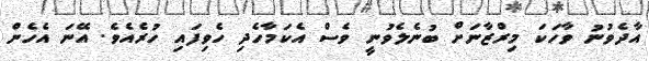
އާދެވުނު ވާހަކަ މިރްޒާނަށް ބުނެލެވުނީ ވެސް އެކަމާހެދި ހެވިފައި ހުރެއެވެ. އޭނަ އެހެން